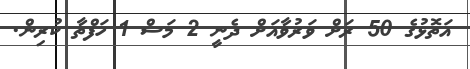
އަތޮޅުގެ 50 ރަށް ވަރުވާއަށް ދެނީ 2 މަސް 1 ހަފްތާ ކުރިން.